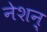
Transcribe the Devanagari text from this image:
नेशन्